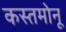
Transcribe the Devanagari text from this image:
कस्तमोनू